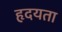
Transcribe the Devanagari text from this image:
हृदयता